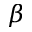
\beta